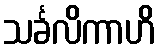
သင်္ခလိကာဟိ